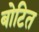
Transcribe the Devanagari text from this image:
बोटित